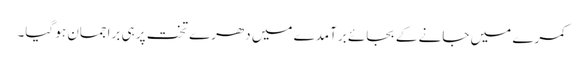
کمرے میں جانے کے بجائے برآمدے میں دھرے تخت پر ہی براجمان ہو گیا۔